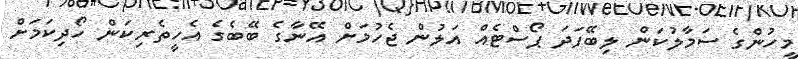
މީހުންގެ ސަމާލުކަން ލިބޭފަދަ ޕޯސްޓެއް އަލުން ޖެހުމަށް އޭނާގެ ބޭބެގެ އެހީތެރިކަން ހޯދިކަމަށް